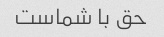
حق با شماست